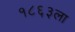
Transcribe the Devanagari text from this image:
१८६३ला